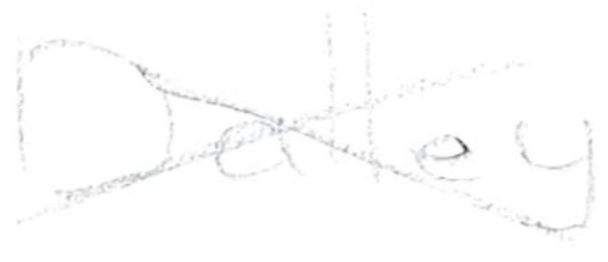
Text: Dalley.
Cross-out: mix
Writing tool: pencil